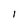
Character: 1